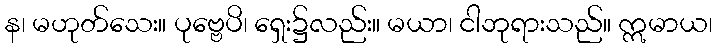
န၊ မဟုတ်သေး။ ပုဗ္ဗေပိ၊ ရှေး၌လည်း။ မယာ၊ ငါဘုရားသည်။ ဣမာယ၊